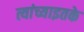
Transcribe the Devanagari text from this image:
त्यांच्याइतके